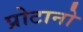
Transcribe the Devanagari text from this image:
प्रोटानो